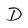
Character: D